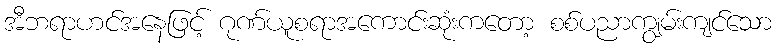
အီဘရာဟင်အနေဖြင့် ဂုဏ်ယူစရာအကောင်းဆုံးကတော့ စစ်ပညာကျွမ်းကျင်သော